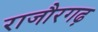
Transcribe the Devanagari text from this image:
राजौरगढ़